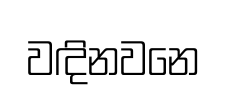
වඳිනවනෙ